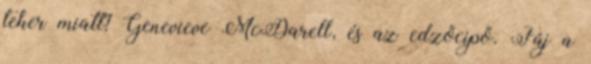
teher miatt? Genevieve McDarell, és az edzőcipő. Fáj a